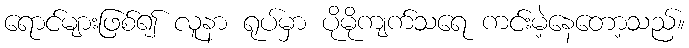
ရောင်များဖြစ်၍ လူနာ ရုပ်မှာ ပိုမိုကျက်သရေ ကင်းမဲ့နေတော့သည်။